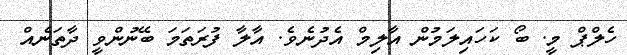
ހެލްޕް މީ. ބޯ ކަހައިލަމުން އާލިމް އެދުނެވެ. އާލާ ފުރަތަމަ ބޭނުންވީ ދާތަނެއް